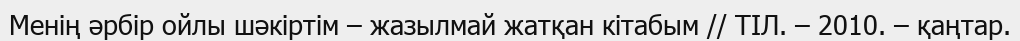
Менің әрбір ойлы шәкіртім – жазылмай жатқан кітабым // ТІЛ. – 2010. – қаңтар.